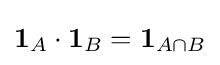
\mathbf {1} _{A}\cdot \mathbf {1} _{B}=\mathbf {1} _{A\cap B}